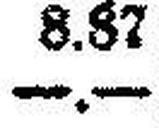
—.—